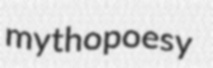
mythopoesy